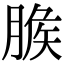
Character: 𦞕